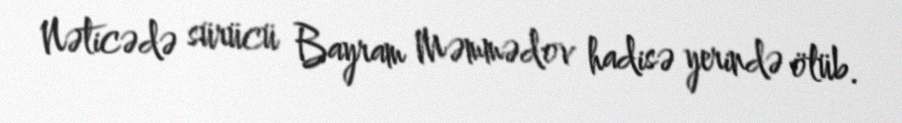
Nəticədə sürücü Bayram Məmmədov hadisə yerində ölüb.